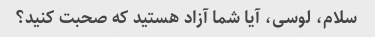
سلام، لوسی، آیا شما آزاد هستید که صحبت کنید؟